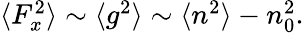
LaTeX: \begin{array}{r}{\langle F_{x}^{2}\rangle\sim\langle g^{2}\rangle\sim\langle n^{2}\rangle-n_{0}^{2}.}\end{array}